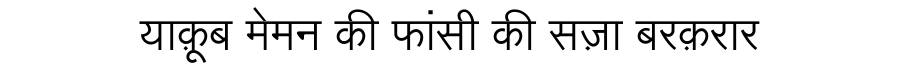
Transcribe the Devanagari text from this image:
याक़ूब मेमन की फांसी की सज़ा बरक़रार